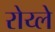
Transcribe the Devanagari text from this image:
रोय्ले